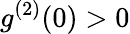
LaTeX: g^{(2)}(0)>0